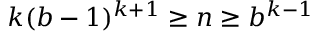
k ( b - 1 ) ^ { k + 1 } \geq n \geq b ^ { k - 1 }